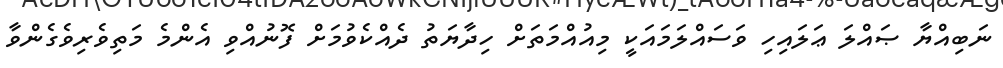
ނަބިއްޔާ ޞައްލަ ޢަލައިހި ވަސައްލަމައަކީ މިއުއްމަތަށް ހިދާޔަތު ދެއްކެވުމަށް ފޮނުއްވި އެންމެ މަތިވެރިވެގެންވާ